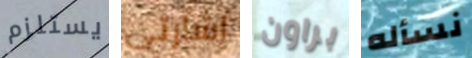
يستلزم إشارتي براون نسأله